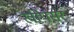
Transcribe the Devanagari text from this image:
खींपसर